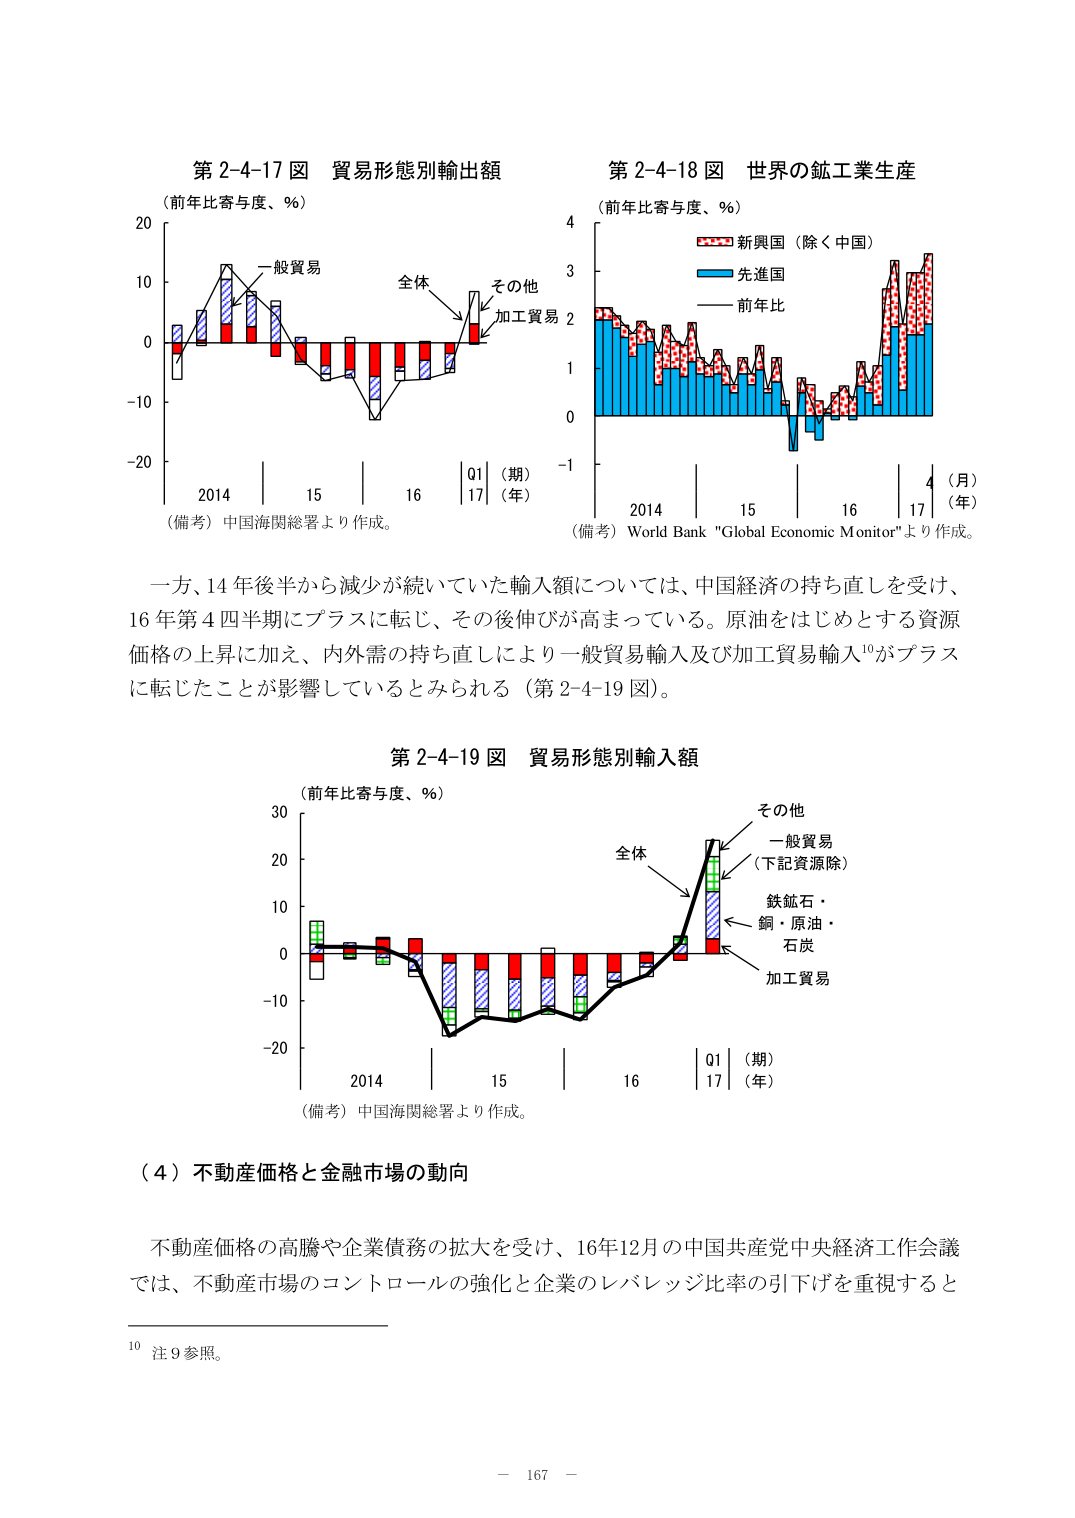
第2-4-17図 貿易形態別輸出額
（前年比寄与度、％）
一般貿易
全体
その他
加工貿易
20
10
0
-10
-20
2014 15 16 01（期）17（年）
（備考）中国海関総署より作成。

第2-4-18図 世界の鉱工業生産
（前年比寄与度、％）
新興国（除く中国）
先進国
前年比
4
3
2
1
0
-1
2014 15 16 17（月）（年）
（備考）World Bank "Global Economic Monitor"より作成。

一方、14年後半から減少が続いていた輸入額については、中国経済の持ち直しを受け、16年第4四半期にプラスに転じ、その後伸びが高まっている。原油をはじめとする資源価格の上昇に加え、内外需の持ち直しにより一般貿易輸入及び加工貿易輸入¹⁰がプラスに転じたことが影響しているとみられる（第2-4-19図）。

第2-4-19図 貿易形態別輸入額
（前年比寄与度、％）
その他
一般貿易
（下記資源除）
鉄鉱石・
銅・原油・
石炭
加工貿易
全体
30
20
10
0
-10
-20
2014 15 16 01（期）17（年）
（備考）中国海関総署より作成。

（4）不動産価格と金融市場の動向

不動産価格の高騰や企業債務の拡大を受け、16年12月の中国共産党中央経済工作会議では、不動産市場のコントロールの強化と企業のレバレッジ比率の引下げを重視すると

¹⁰ 注9参照。

－ 167 －